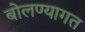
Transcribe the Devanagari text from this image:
बोलण्यागत